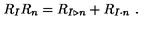
R _ { I } R _ { n } = R _ { I \triangleright n } + R _ { I \cdot n } \ .